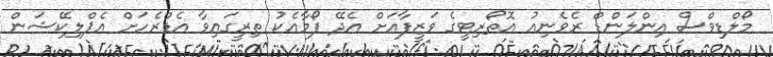
މޯލްޑިވްސް އިންލަންޑް ރެވެނިއު އޮތޯރިޓީގެ ވަޒީފާއަށް އެދޭ ފޯމާއެކު ތިރީގައިވާ އެޑްރެހަށް އެޕްލިކޭޝަން